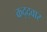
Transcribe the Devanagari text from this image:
कद्द्वार